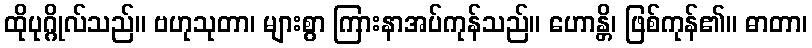
ထိုပုဂ္ဂိုလ်သည်။ ဗဟုသုတာ၊ များစွာ ကြားနာအပ်ကုန်သည်။ ဟောန္တိ၊ ဖြစ်ကုန်၏။ ဓာတာ၊